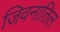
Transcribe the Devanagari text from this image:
जिवनातिल